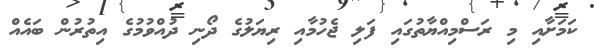
ކަމަށާއި މި ރަސްމިއްޔާތުގައި ފަލި ޖެހުމާއި ރިޔަލުގެ ދޯނި ދުއްވުމުގެ އިތުރުން ބައެއް